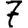
Digit: 7